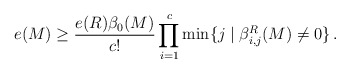
\begin{align*} e(M) \ge \frac{e(R)\beta_0(M)}{c!} \prod_{i= 1}^c\min\{j\mid \beta^R_{i,j}(M)\ne 0\}\,.\end{align*}